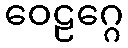
ဝေဠဂ္ဂေ